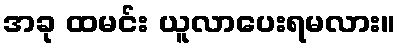
အခု ထမင်း ယူလာပေးရမလား။